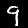
Label: 9